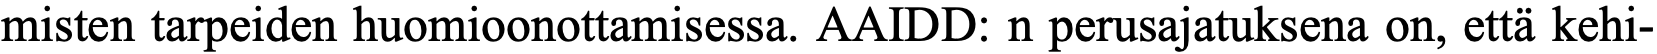
misten tarpeiden huomioonottamisessa. AAIDD: n perusajatuksena on, että kehi-